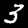
Digit: 3